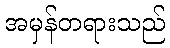
အမှန်တရားသည်